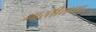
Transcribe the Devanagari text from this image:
भारतीयपण